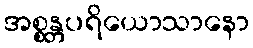
အစ္စန္တပရိယောသာနော